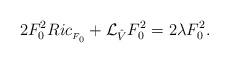
LaTeX: \begin{align*}2F_{0}^{2}Ric_{_{F_0}}+\mathcal{L}_{\hat{V}} { F_{0}^{2}}=2 \lambda F_{0}^{2}.\end{align*}